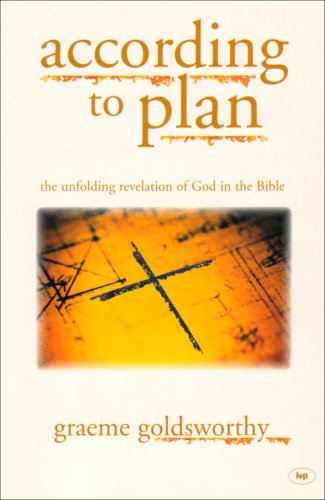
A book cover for According to Plan: The Unfolding Revelation of God in the Bible; Graeme GOLDSWORTHY ; Christian Books & Bibles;